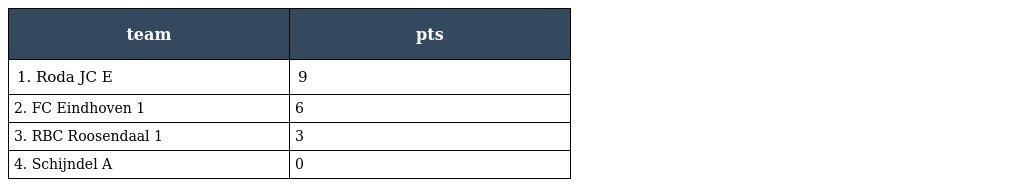
| team | pts |
 | --- | --- |
 | 1. Roda JC E | 9 |
 | 2. FC Eindhoven 1 | 6 |
 | 3. RBC Roosendaal 1 | 3 |
 | 4. Schijndel A | 0 |